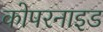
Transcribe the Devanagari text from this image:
कोपरनाइड